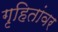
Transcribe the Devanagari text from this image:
गृहितांवर